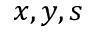
x , y , s